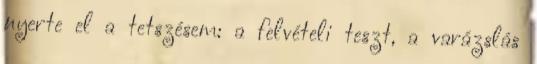
nyerte el a tetszésem: a felvételi teszt, a varázslás